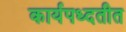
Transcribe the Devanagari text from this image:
कार्यपध्दतीत